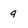
Character: q